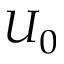
U _ { 0 }